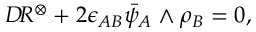
{ \cal D } \! R ^ { \otimes } + 2 \epsilon _ { A B } \bar { \psi } _ { A } \wedge \rho _ { B } = 0 ,